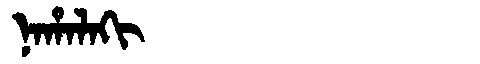
Manchu: ᠨᠠᡥᠠᠯᠠᡴᡳ
Romanization: NAHALAKI